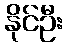
နိုင်ဦး